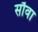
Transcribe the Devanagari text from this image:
सौवा